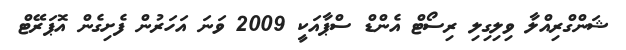
ޝަންގްރިއްލާ ވިލިގިލި ރިސޯޓް އެންޑް ސްޕާއަކީ 2009 ވަނަ އަހަރުން ފެށިގެން އޮޕަރޭޓް